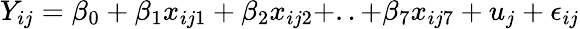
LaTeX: Y_{ij}=\beta_{0}+\beta_{1}x_{ij1}+\beta_{2}x_{ij2}+..+\beta_{7}x_{ij7}+u_{j}+\epsilon_{ij}